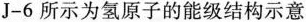
J—6所示为氢原子的能级结构示意